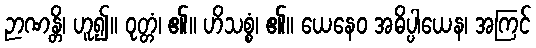
ဉာဏန္တိ၊ ဟူ၍။ ဝုတ္တံ၊ ၏။ ဟိသစ္စံ၊ ၏။ ယေနေဝ အဓိပ္ပါယေန၊ အကြင်